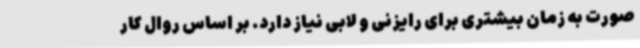
صورت به زمان بیشتری برای رایزنی و لابی نیاز دارد. بر اساس روال کار